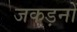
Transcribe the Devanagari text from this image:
जकड़नों